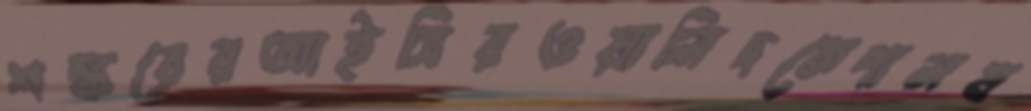
শঙ্করেরআইসিরওয়ালিদকেপালয